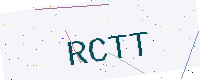
Text: RCTT